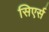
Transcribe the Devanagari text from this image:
सिएर्स